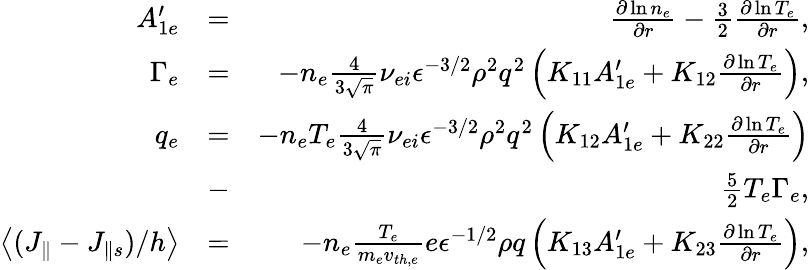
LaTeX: \begin{array}{rlr}{A_{1e}^{\prime}}&{=}&{\frac{\partial\ln{n_{e}}}{\partial r}-\frac{3}{2}\frac{\partial\ln{T_{e}}}{\partial r},}\\ {\Gamma_{e}}&{=}&{-n_{e}\frac{4}{3\sqrt{\pi}}\nu_{ei}\epsilon^{-3/2}\rho^{2}q^{2}\left(K_{11}A_{1e}^{\prime}+K_{12}\frac{\partial\ln{T_{e}}}{\partial r}\right),}\\ {q_{e}}&{=}&{-n_{e}T_{e}\frac{4}{3\sqrt{\pi}}\nu_{ei}\epsilon^{-3/2}\rho^{2}q^{2}\left(K_{12}A_{1e}^{\prime}+K_{22}\frac{\partial\ln{T_{e}}}{\partial r}\right)}\\ &{-}&{\frac{5}{2}T_{e}\Gamma_{e},}\\ {\left<(J_{\parallel}-J_{\parallel s})/h\right>}&{=}&{-n_{e}\frac{T_{e}}{m_{e}v_{th,e}}e\epsilon^{-1/2}\rho q\left(K_{13}A_{1e}^{\prime}+K_{23}\frac{\partial\ln{T_{e}}}{\partial r}\right),}\end{array}